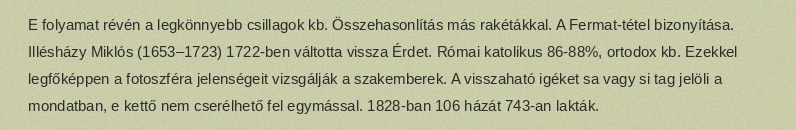
E folyamat révén a legkönnyebb csillagok kb. Összehasonlítás más rakétákkal. A Fermat-tétel bizonyítása. Illésházy Miklós (1653–1723) 1722-ben váltotta vissza Érdet. Római katolikus 86-88%, ortodox kb. Ezekkel legfőképpen a fotoszféra jelenségeit vizsgálják a szakemberek. A visszaható igéket sa vagy si tag jelöli a mondatban, e kettő nem cserélhető fel egymással. 1828-ban 106 házát 743-an lakták.